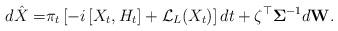
LaTeX: \begin{align*}d\hat{X} = & \pi_t \left[ -i \left[X_t,H_t\right] + \mathcal{L}_L(X_t)\right] dt + \zeta^{\top} \mathbf{\Sigma} ^{-1}d\mathbf{W}. \end{align*}